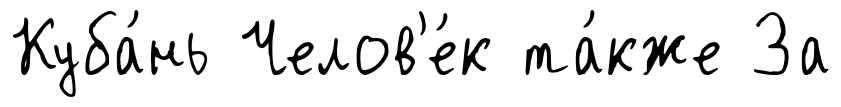
Куба́нь Челов'е́к та́кже За